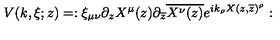
V ( k , \xi ; z ) = : \xi _ { \mu \nu } \partial _ { z } X ^ { \mu } ( z ) \partial _ { \overline { { z } } } \overline { { X ^ { \nu } ( z ) } } e ^ { i k _ { \rho } X ( z , \overline { { z } } ) ^ { \rho } } :